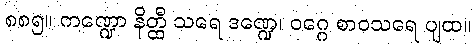
၈၈၅။ ကဏ္ဍော နိတ္ထီ သရေ ဒဏ္ဍေ၊ ဝဂ္ဂေ စာဝသရေ ပျထ။